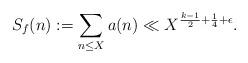
LaTeX: \begin{align*} S_f(n) := \sum_{n \leq X} a(n) \ll X^{\frac{k-1}{2} + \frac{1}{4} + \epsilon}. \end{align*}